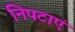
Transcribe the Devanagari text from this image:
निपटाएं